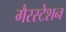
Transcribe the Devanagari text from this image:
गैरस्टेशन